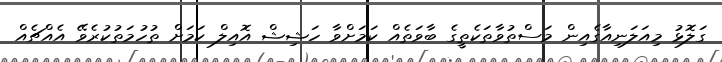
ގަލޮޅު މިއަލަނިއާގެއިން މަސްތުވާތަކެތީގެ ބާވަތެއް ކަމަށްވާ ހަޝިޝް އޮއިލް ކަމަށް ތުހުމަތުކުރެވޭ އެއްޗެއް